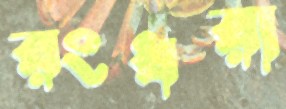
রংধরা